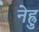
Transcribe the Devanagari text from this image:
नेह्रु